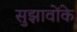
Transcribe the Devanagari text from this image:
सुझावोंके